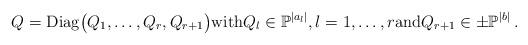
LaTeX: \begin{align*}Q= {\rm Diag}\big(Q_1,\dots,Q_{r},Q_{r+1} \big){\rm with} Q_{l}\in\mathbb{P}^{|a_{l}|}, l=1,\ldots,r {\rm and} Q_{r+1}\in\pm\mathbb{P}^{|b|}\,.\end{align*}